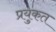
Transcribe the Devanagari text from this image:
प्रयुकत